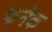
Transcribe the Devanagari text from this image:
फनेक